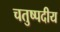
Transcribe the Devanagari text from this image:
चतुष्पदीय